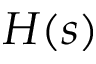
H ( s )